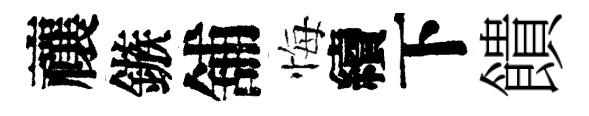
禳鏃舖悔續下饋